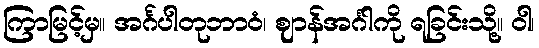
ကြာမြင့်မှ။ အင်္ဂပါတုဘာဝံ၊ ဈာန်အင်္ဂါကို ရခြင်းသို့။ ဝါ၊